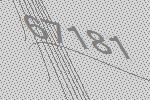
67181